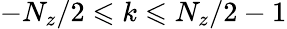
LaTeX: -N_{z}/2\leqslant k\leqslant N_{z}/2-1